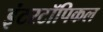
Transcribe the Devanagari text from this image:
इंटरटॉपिकल